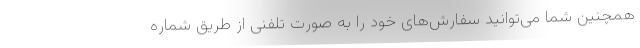
همچنین شما می‌توانید سفارش‌های خود را به صورت تلفنی از طریق شماره